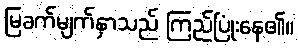
မြခက်မျက်နှာသည် ကြည်ပြုံးနေ၏။